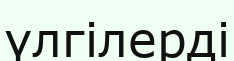
үлгілерді